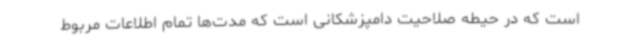
است که در حیطه صلاحیت دامپزشکانی است که مدت‌ها تمام اطلاعات مربوط